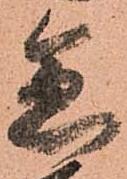
急